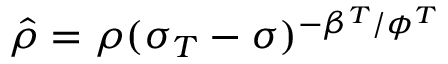
\hat { \rho } = \rho ( \sigma _ { T } - \sigma ) ^ { - \beta ^ { T } / \phi ^ { T } }